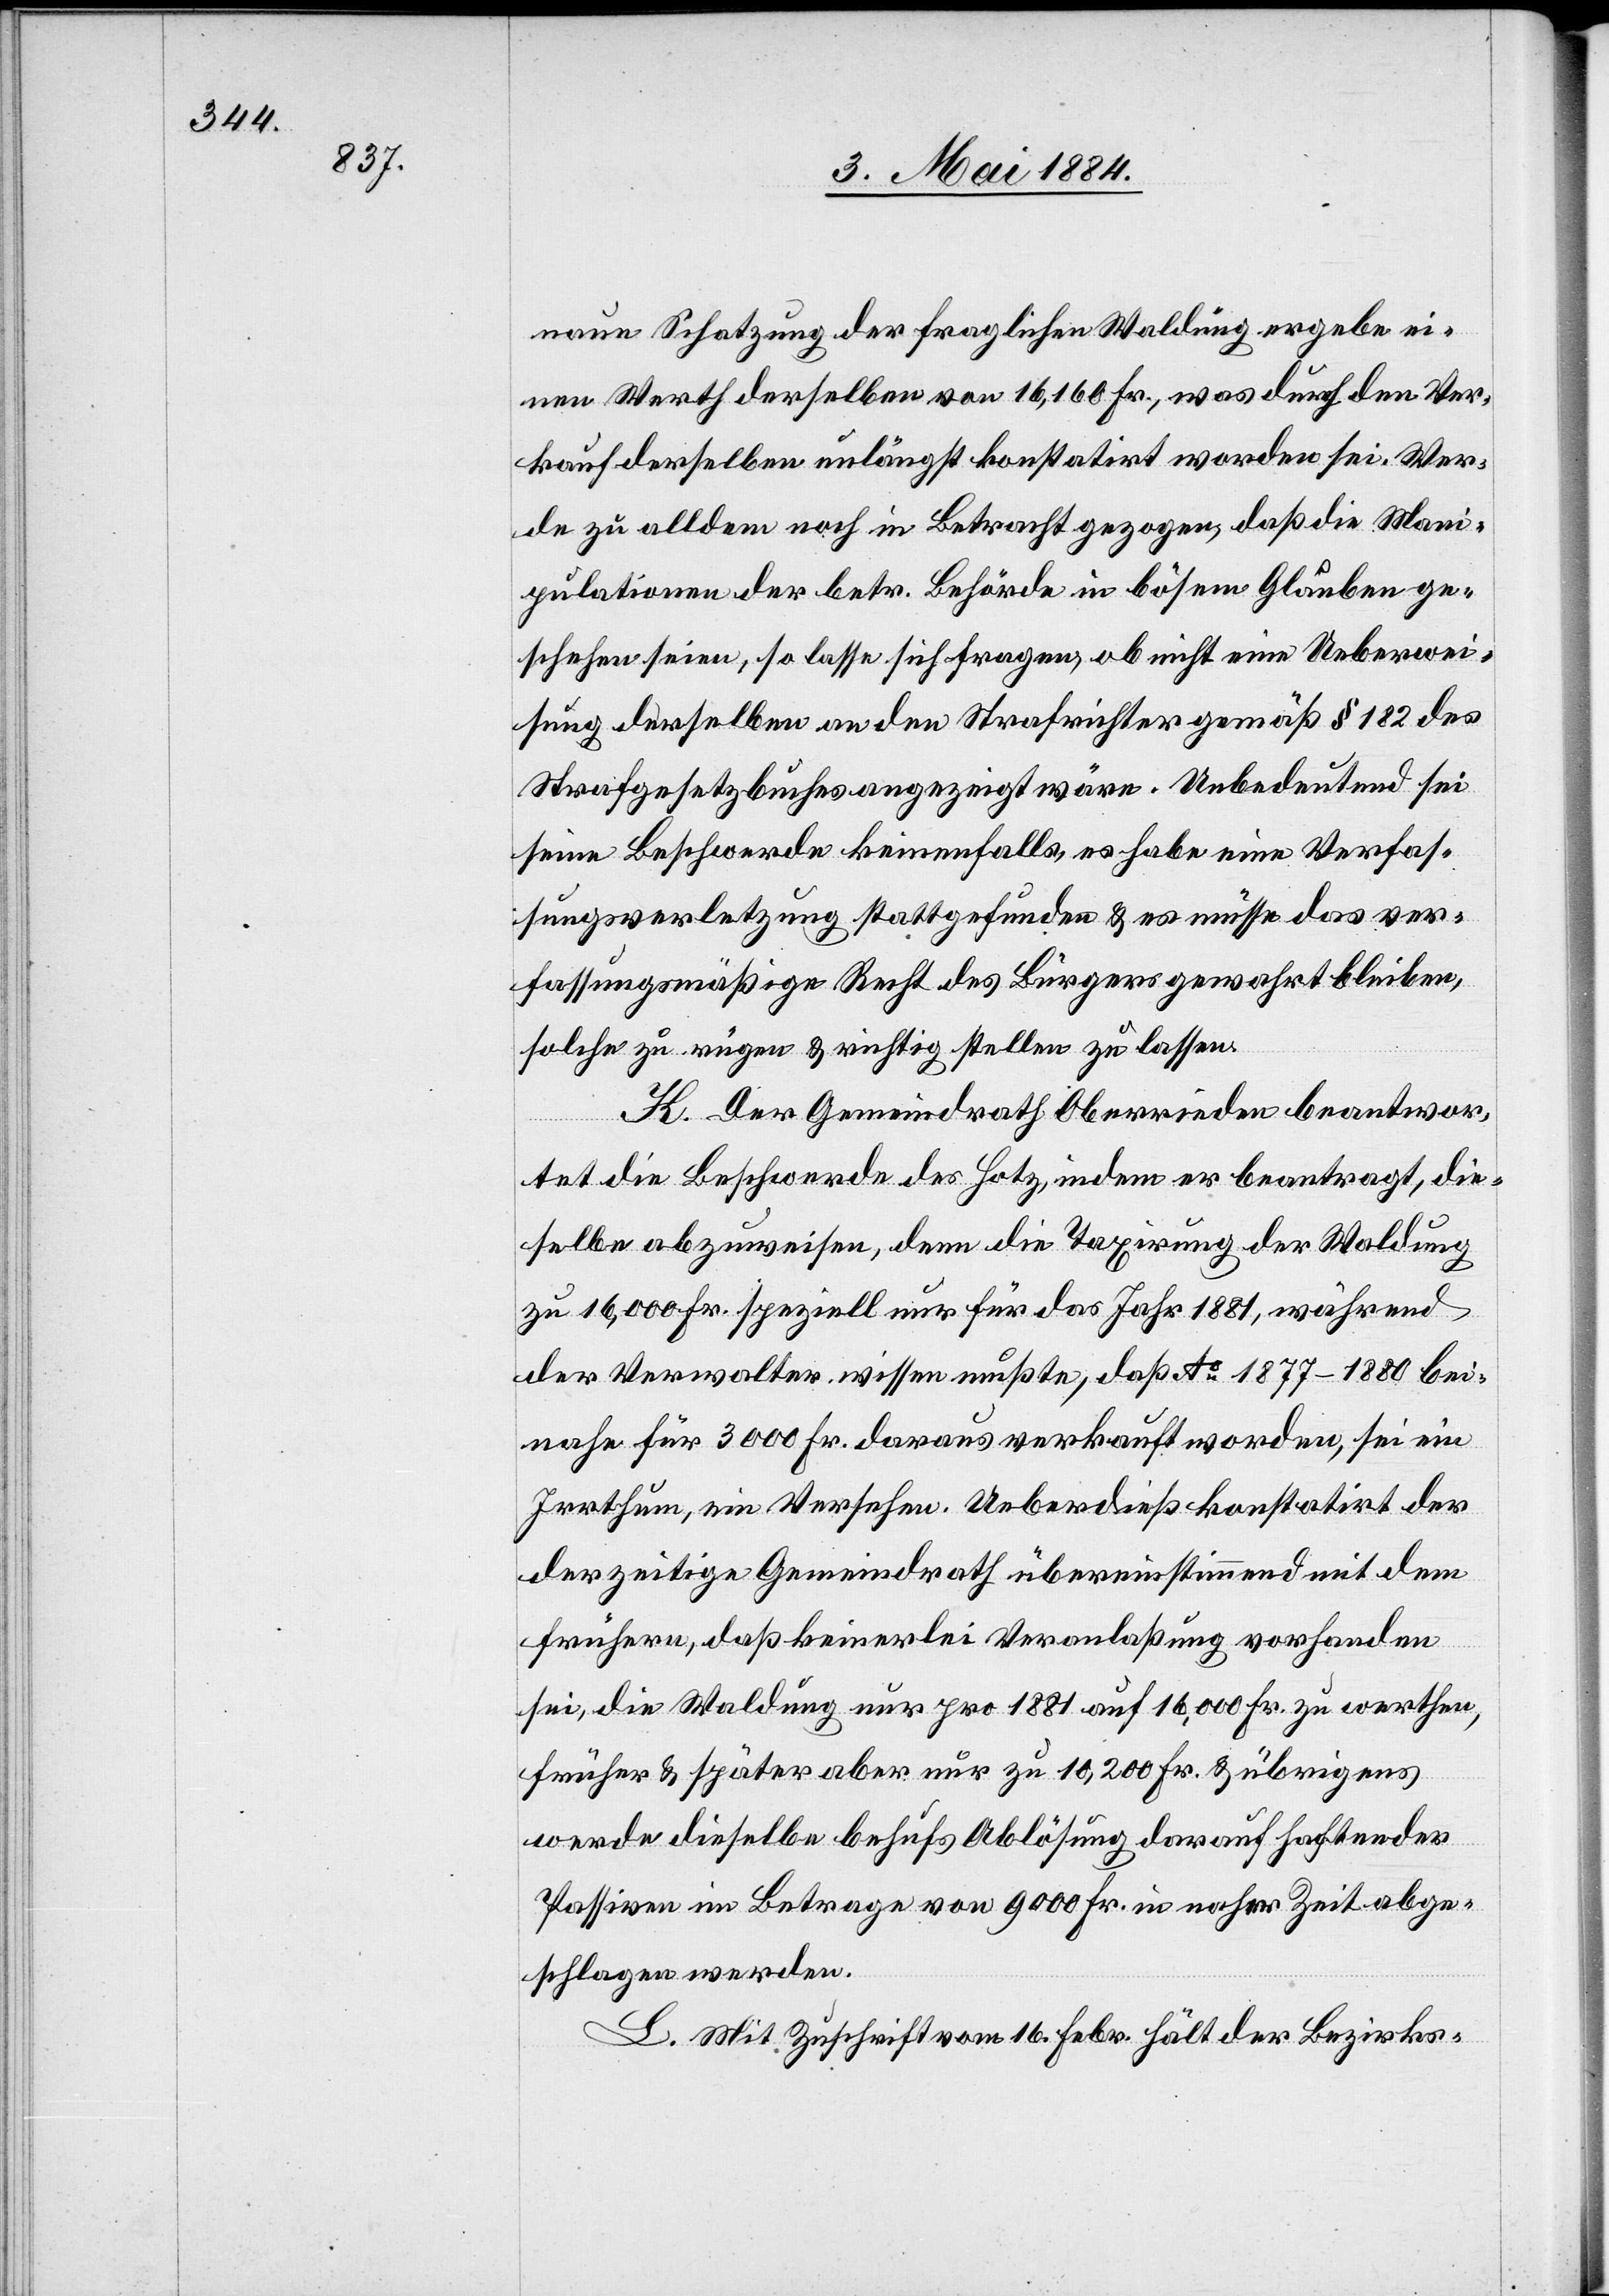
naue Schatzung der fraglichen Waldung ergebe ei¬
nen Werth derselben von 16,160 Fr., was durch den Ver¬
kauf derselben unlängst konstatirt worden sei. Wer¬
de zu alldem noch in Betracht gezogen, daß die Mani¬
pulationen der betr. Behörde in bösem Glauben ge¬
schehen seien, so lasse sich fragen, ob nicht eine Ueberwei¬
sung derselben an den Strafrichter gemäß § 182 des
Strafgesetzbuches angezeigt wäre. Unbedeutend sei
seine Beschwerde keinenfalls, es habe eine Verfas¬
sungsverletzung stattgefunden & es müsse das ver¬
fassungsmäßige Recht des Bürgers gewahrt bleiben,
solche zu rügen & richtig stellen zu lassen.
K. Der Gemeindrath Oberrieden beantwor¬
tet die Beschwerde des Hotz, indem er beantragt, die¬
selbe abzuweisen, denn die Taxirung der Waldung
zu 16,000 Fr. speziell nur für das Jahr 1881, während
der Verwalter wissen mußte, daß No 1877–1880 bei¬
nahe für 3000 Fr. daraus verkauft worden, sei ein
Irrthum, ein Versehen. Ueberdieß konstatirt der
derzeitige Gemeindrath übereinstimmend mit dem
frühern, daß keinerlei Veranlaßung vorhanden
sei, die Waldung nur pro 1881 auf 16,000 Fr. zu werthen,
früher & später aber nur zu 10,200 Fr. & übrigens
werde dieselbe behufs Ablösung darauf haftender
Passiven im Betrage von 9000 Fr. in naher Zeit abge¬
schlagen werden.
L. Mit Zuschrift vom 16. Febr. hält der Bezirks-